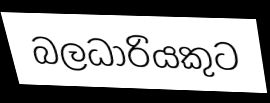
බලධාරියකුට